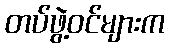
တပ်ဖွဲ့ဝင်များက